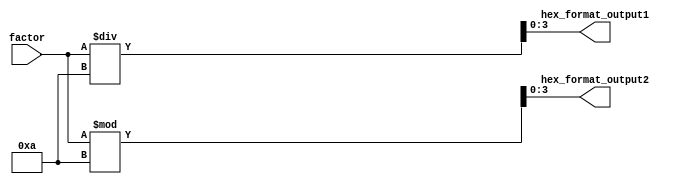
module decimal_decode(factor, hex_format_output1, hex_format_output2);

input [6:0] factor;

output [3:0] hex_format_output1;
output [3:0] hex_format_output2;
reg [3:0] hex_format_output1;
reg [3:0] hex_format_output2;

always@(factor) begin
   hex_format_output1 <= factor/10;
   hex_format_output2 <= factor%10;
end

endmodule